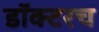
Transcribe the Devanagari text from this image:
डॉक्टरच